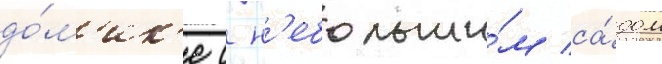
до́м'ик'е с н'ебольши́м са́дом